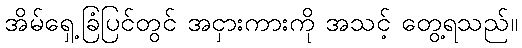
အိမ်ရှေ့ခြံပြင်တွင် အငှားကားကို အသင့် တွေ့ရသည်။